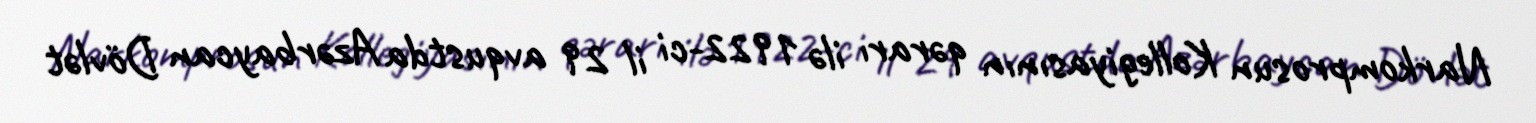
Narkomprosun Kollegiyasının qərarı ilə 1922-ci il 29 avqustda Azərbaycan Dövlət